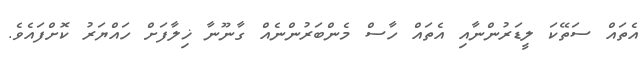
އެތައް ސަތޭކަ ލީޑަރުންނާއި އެތައް ހާސް މެންބަރުންނެއް ގާނޫނާ ޚިލާފަށް ހައްޔަރު ކޮށްފައެވެ.